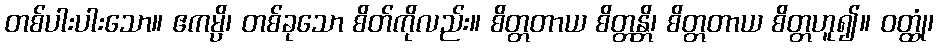
တစ်ပါးပါးသော။ ဧကမ္ပိ၊ တစ်ခုသော စိတ်ကိုလည်း။ စိတ္တတာယ စိတ္တန္တိ၊ စိတ္တတာယ စိတ္တဟူ၍။ ဝတ္ထုံ၊